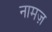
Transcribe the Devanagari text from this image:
नामज़